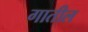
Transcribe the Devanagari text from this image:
गातील